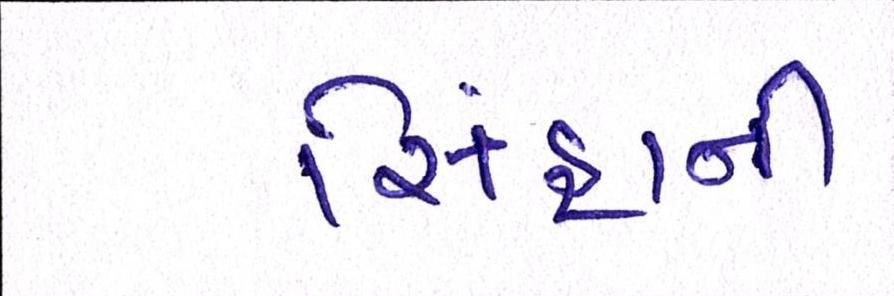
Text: સિંહાની